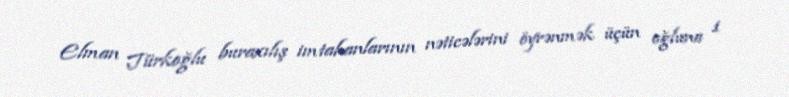
Elman Türkoğlu buraxılış imtahanlarının nəticələrini öyrənmək üçün oğluna 1